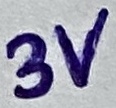
Text: 3V